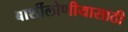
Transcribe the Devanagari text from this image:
बार्शीलोणीयासाठी